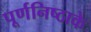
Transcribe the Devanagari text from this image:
पूर्णनिष्ठाके